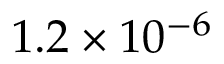
1 . 2 \times 1 0 ^ { - 6 }